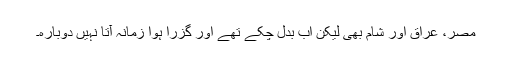
مصر، عراق اور شام بھی لیکن اب بدل چکے تھے اور گزرا ہوا زمانہ آتا نہیں دوبارہ۔